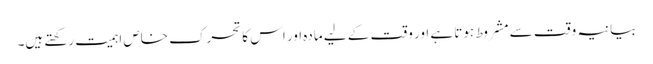
بیانیہ وقت سے مشروط ہوتا ہے اور وقت کے لیے مادہ اور اس کا تحرک خاص اہمیت رکھتے ہیں۔